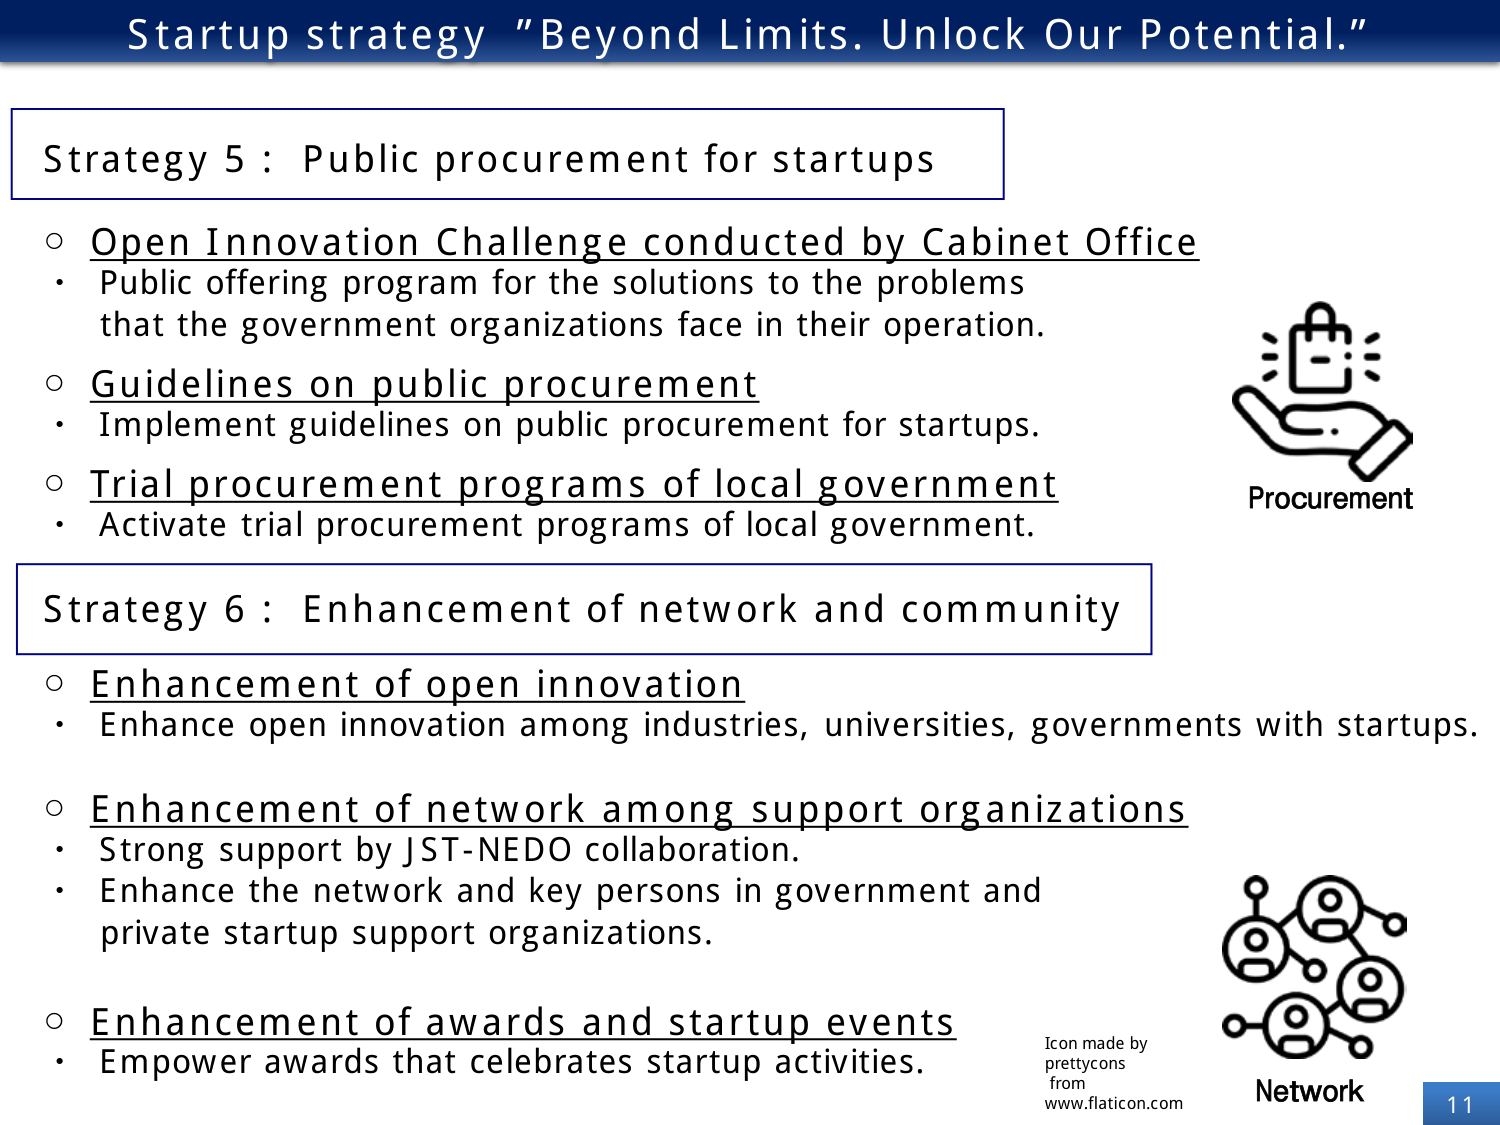
Startup strategy "Beyond Limits. Unlock Our Potential."

Strategy 5 : Public procurement for startups
○ Open Innovation Challenge conducted by Cabinet Office
• Public offering program for the solutions to the problems that the government organizations face in their operation.
○ Guidelines on public procurement
• Implement guidelines on public procurement for startups.
○ Trial procurement programs of local government
• Activate trial procurement programs of local government.

Strategy 6 : Enhancement of network and community
○ Enhancement of open innovation
• Enhance open innovation among industries, universities, governments with startups.
○ Enhancement of network among support organizations
• Strong support by JST-NEDO collaboration.
• Enhance the network and key persons in government and private startup support organizations.
○ Enhancement of awards and startup events
• Empower awards that celebrates startup activities.

Procurement
Network
Icon made by prettycons from www.flaticon.com
11